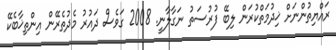
ރައްޔިތުންނަށް ޚިދުމަތްކުރަން ލިބޭ ފުރުސަތު ނަގާލާނީ. 2008 ގަވެސް ދައުރު މެދުތެރޭން އިންތިޚާބެކޭ